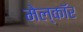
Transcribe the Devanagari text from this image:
मेल्कॉर